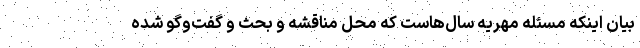
بیان اینکه مسئله مهریه سال‌هاست که محل مناقشه و بحث و گفت‌وگو شده